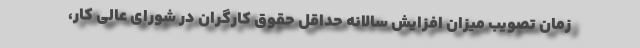
زمان تصویب میزان افزایش سالانه حداقل حقوق کارگران در شورای عالی کار،